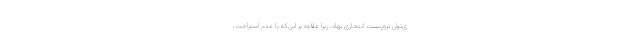
ی‌توان تروریست انتحاری نهاد، زیرا علاوه بر این‌که با عدم استراحت،